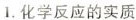
1.化学反应的实质